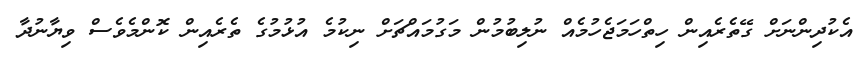
އެކުދިންނަށް ގޭތެރެއިން ހިތްހަމަޖެހުމެއް ނުލިބުމުން މަގުމައްޗަށް ނިކުމެ އުޅުމުގެ ތެރެއިން ކޮންމެވެސް ވިޔާނުދާ